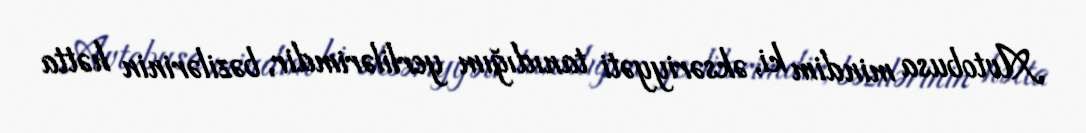
Avtobusa mindim ki, əksəriyyəti tanıdığım yerlilərimdir, bəzilərinin hətta